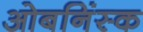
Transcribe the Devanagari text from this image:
ओबनिंस्क